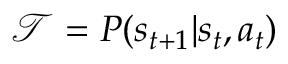
\mathcal { T } = P ( s _ { t + 1 } \vert s _ { t } , a _ { t } )